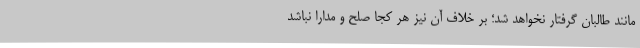
مانند طالبان گرفتار نخواهد شد؛ بر خلاف آن نیز هر كجا صلح و مدارا نباشد